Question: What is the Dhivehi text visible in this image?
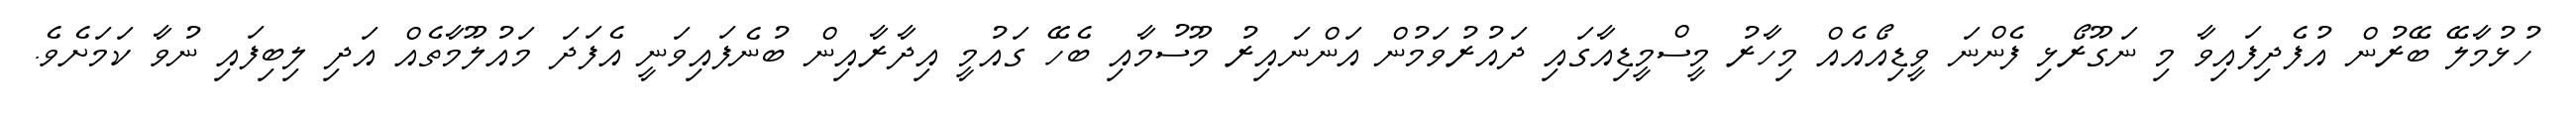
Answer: ހުޅުމާލޭ ބޭރުން އުފެދިފައިވާ މި ނަގޫރޯޅި ފެންނަ ވީޑިއޯއެއް މިހާރު މީސްމީޑިއާގައި ދައުރުވަމުން އަންނައިރު މޫސުމާއި ބެހޭ ގައުމީ އިދާރާއިން ބުނެފައިވަނީ އެފަދަ މައުލޫމާތެއް އަދި ލިބިފައި ނުވާ ކަމަށެވެ.